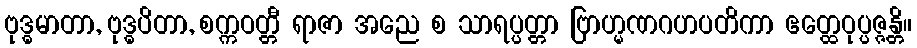
ဗုဒ္ဓမာတာ, ဗုဒ္ဓပိတာ, စက္ကဝတ္တီ ရာဇာ အညေ စ သာရပ္ပတ္တာ ဗြာဟ္မဏဂဟပတိကာ ဧတ္ထေဝုပ္ပဇ္ဇန္တိ။